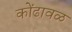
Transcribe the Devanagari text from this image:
कोंढावळ